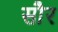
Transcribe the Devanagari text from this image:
साैर